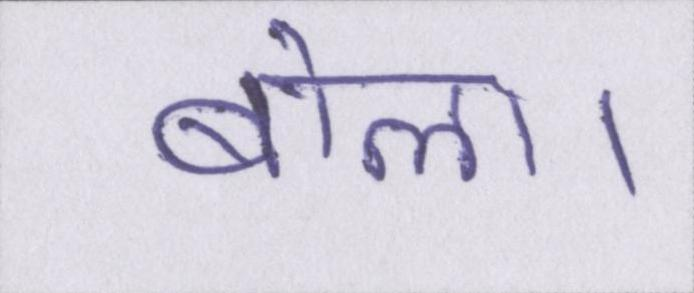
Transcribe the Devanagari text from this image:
बोला।